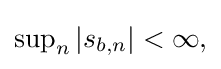
{\textstyle \sup _{n}|s_{b,n}|<\infty ,}